Standardisation of Calmette's anti-venomous serum with pure cobra venom - Number 1
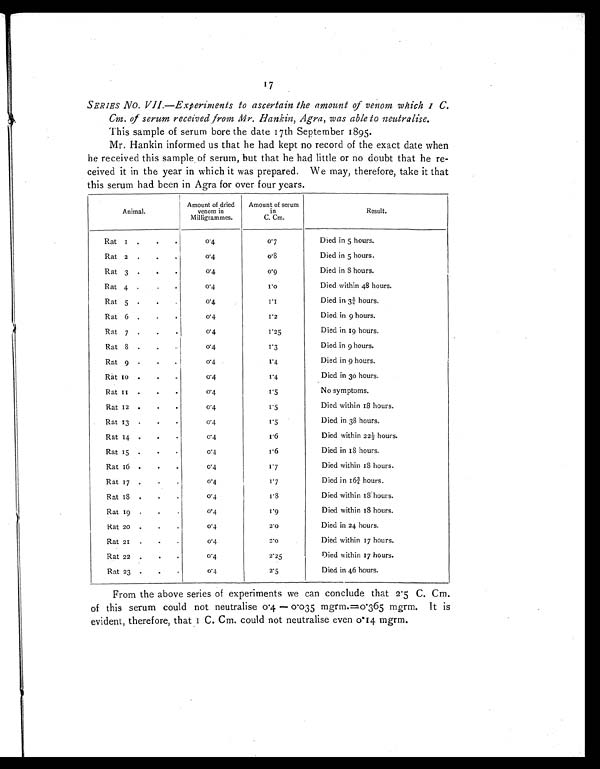
17
SERIES No. VII.—Experiments to ascertain the amount of venom which 1 C.
Cm. of serum received from Mr. Hankin, Agra, was able to neutralise.
This sample of serum bore the date 17th September 1895.
Mr. Hankin informed us that he had kept no record of the exact date when
he received this sample of serum, but that he had little or no doubt that he re-
- c e i v e d i t i n t h e y e a r i n w h i c h i t w a s p r e p a r e d . W e m a y , t h e r e f o r e , t a k e i t t h a t
this serum had been in Agra for over four years.
A n i m a l .
Amount of dried
venom in
Milligrammes.
Amount of serum
in
C. Cm.
Result.
Rat
1 . . .
0.4
0.7
Died in 5 hours.
Rat
2 . . .
0 . 4
0 . 8
Died in 5 hours.
Rat
3 . . .
0.4
0 . 9
Died in 8 hours.
Rat 4
. . .
0.4
1 . 0
Died within 48 hours.
Rat 5
. . .
0 . 4
1 . 1
Died in 3 ¾ hours.
Rat 6
. . .
0 . 4
1.2
Died in 9 hours.
Rat 7
. . .
0.4
1 . 2 5 Died in 19 hours.
Rat
8 . . .
0.4
1 . 3 Died in 9 hours.
Rat 9 . . .
0 . 4
1 . 4 Died in 9 hours.
Rat 10 . . .
0 . 4
1 . 4 Died in 30 hours.
Rat 11 . . .
0 . 4
1.5
No symptoms.
Rat 12
. . .
0 . 4
1.5
Died within 18 hours.
Rat 13
. . .
0 . 4
1.5
Died in 38 hours.
Rat 14
. . .
0 . 4
1 . 6 Died within 22 ½ hours.
Rat 15
. . .
0 . 4
1.6
Died in 18 hours.
Rat 16
. . .
0 . 4
1.7
Died within 18 hours.
Rat
1 7
. . .
0 . 4
1 . 7 Died in 16 ¾ hours.
Rat 18
. . .
0 . 4
1 . 8 Died within 18 hours.
Rat 19
. . .
0 . 4
1.9
Died within 18 hours.
Rat 20
. . .
0 . 4
2.0
Died in 24 hours.
Rat 21
. . .
0 . 4
2.0
Died within 17 hours.
Rat 22
. . .
0 . 4
2.25
Died within 17 hours.
Rat 23
. . .
0 . 4
2.5
Died in 46 hours.
From the above series of experiments we can conclude that 2.5 C. Cm.
of this serum could not neutralise 0.4 — 0.035 mgrm.=0.365 mgrm. It is
evident, therefore, that 1 C. Cm. could not neutralise even 0.14 mgrm.